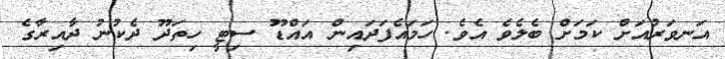
އަނވަރުއަށް ކަމަށް ބެލެވެ އެވެ. ހަމައެފަދައިން އައްޑޫ ސިޓީ ހިތަދޫ ދެކުނު ދާއިރާގެ